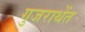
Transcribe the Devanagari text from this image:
गुजराथेंत